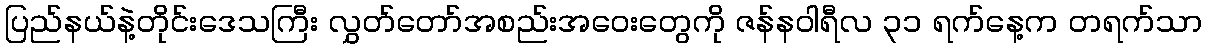
ပြည်နယ်နဲ့တိုင်းဒေသကြီး လွှတ်တော်အစည်းအဝေးတွေကို ဇန်နဝါရီလ ၃၁ ရက်နေ့က တရက်သာ